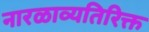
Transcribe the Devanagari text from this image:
नारळाव्यतिरिक्त